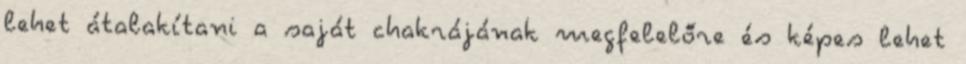
lehet átalakítani a saját chakrájának megfelelőre és képes lehet